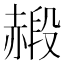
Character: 𧹮